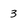
Character: 3